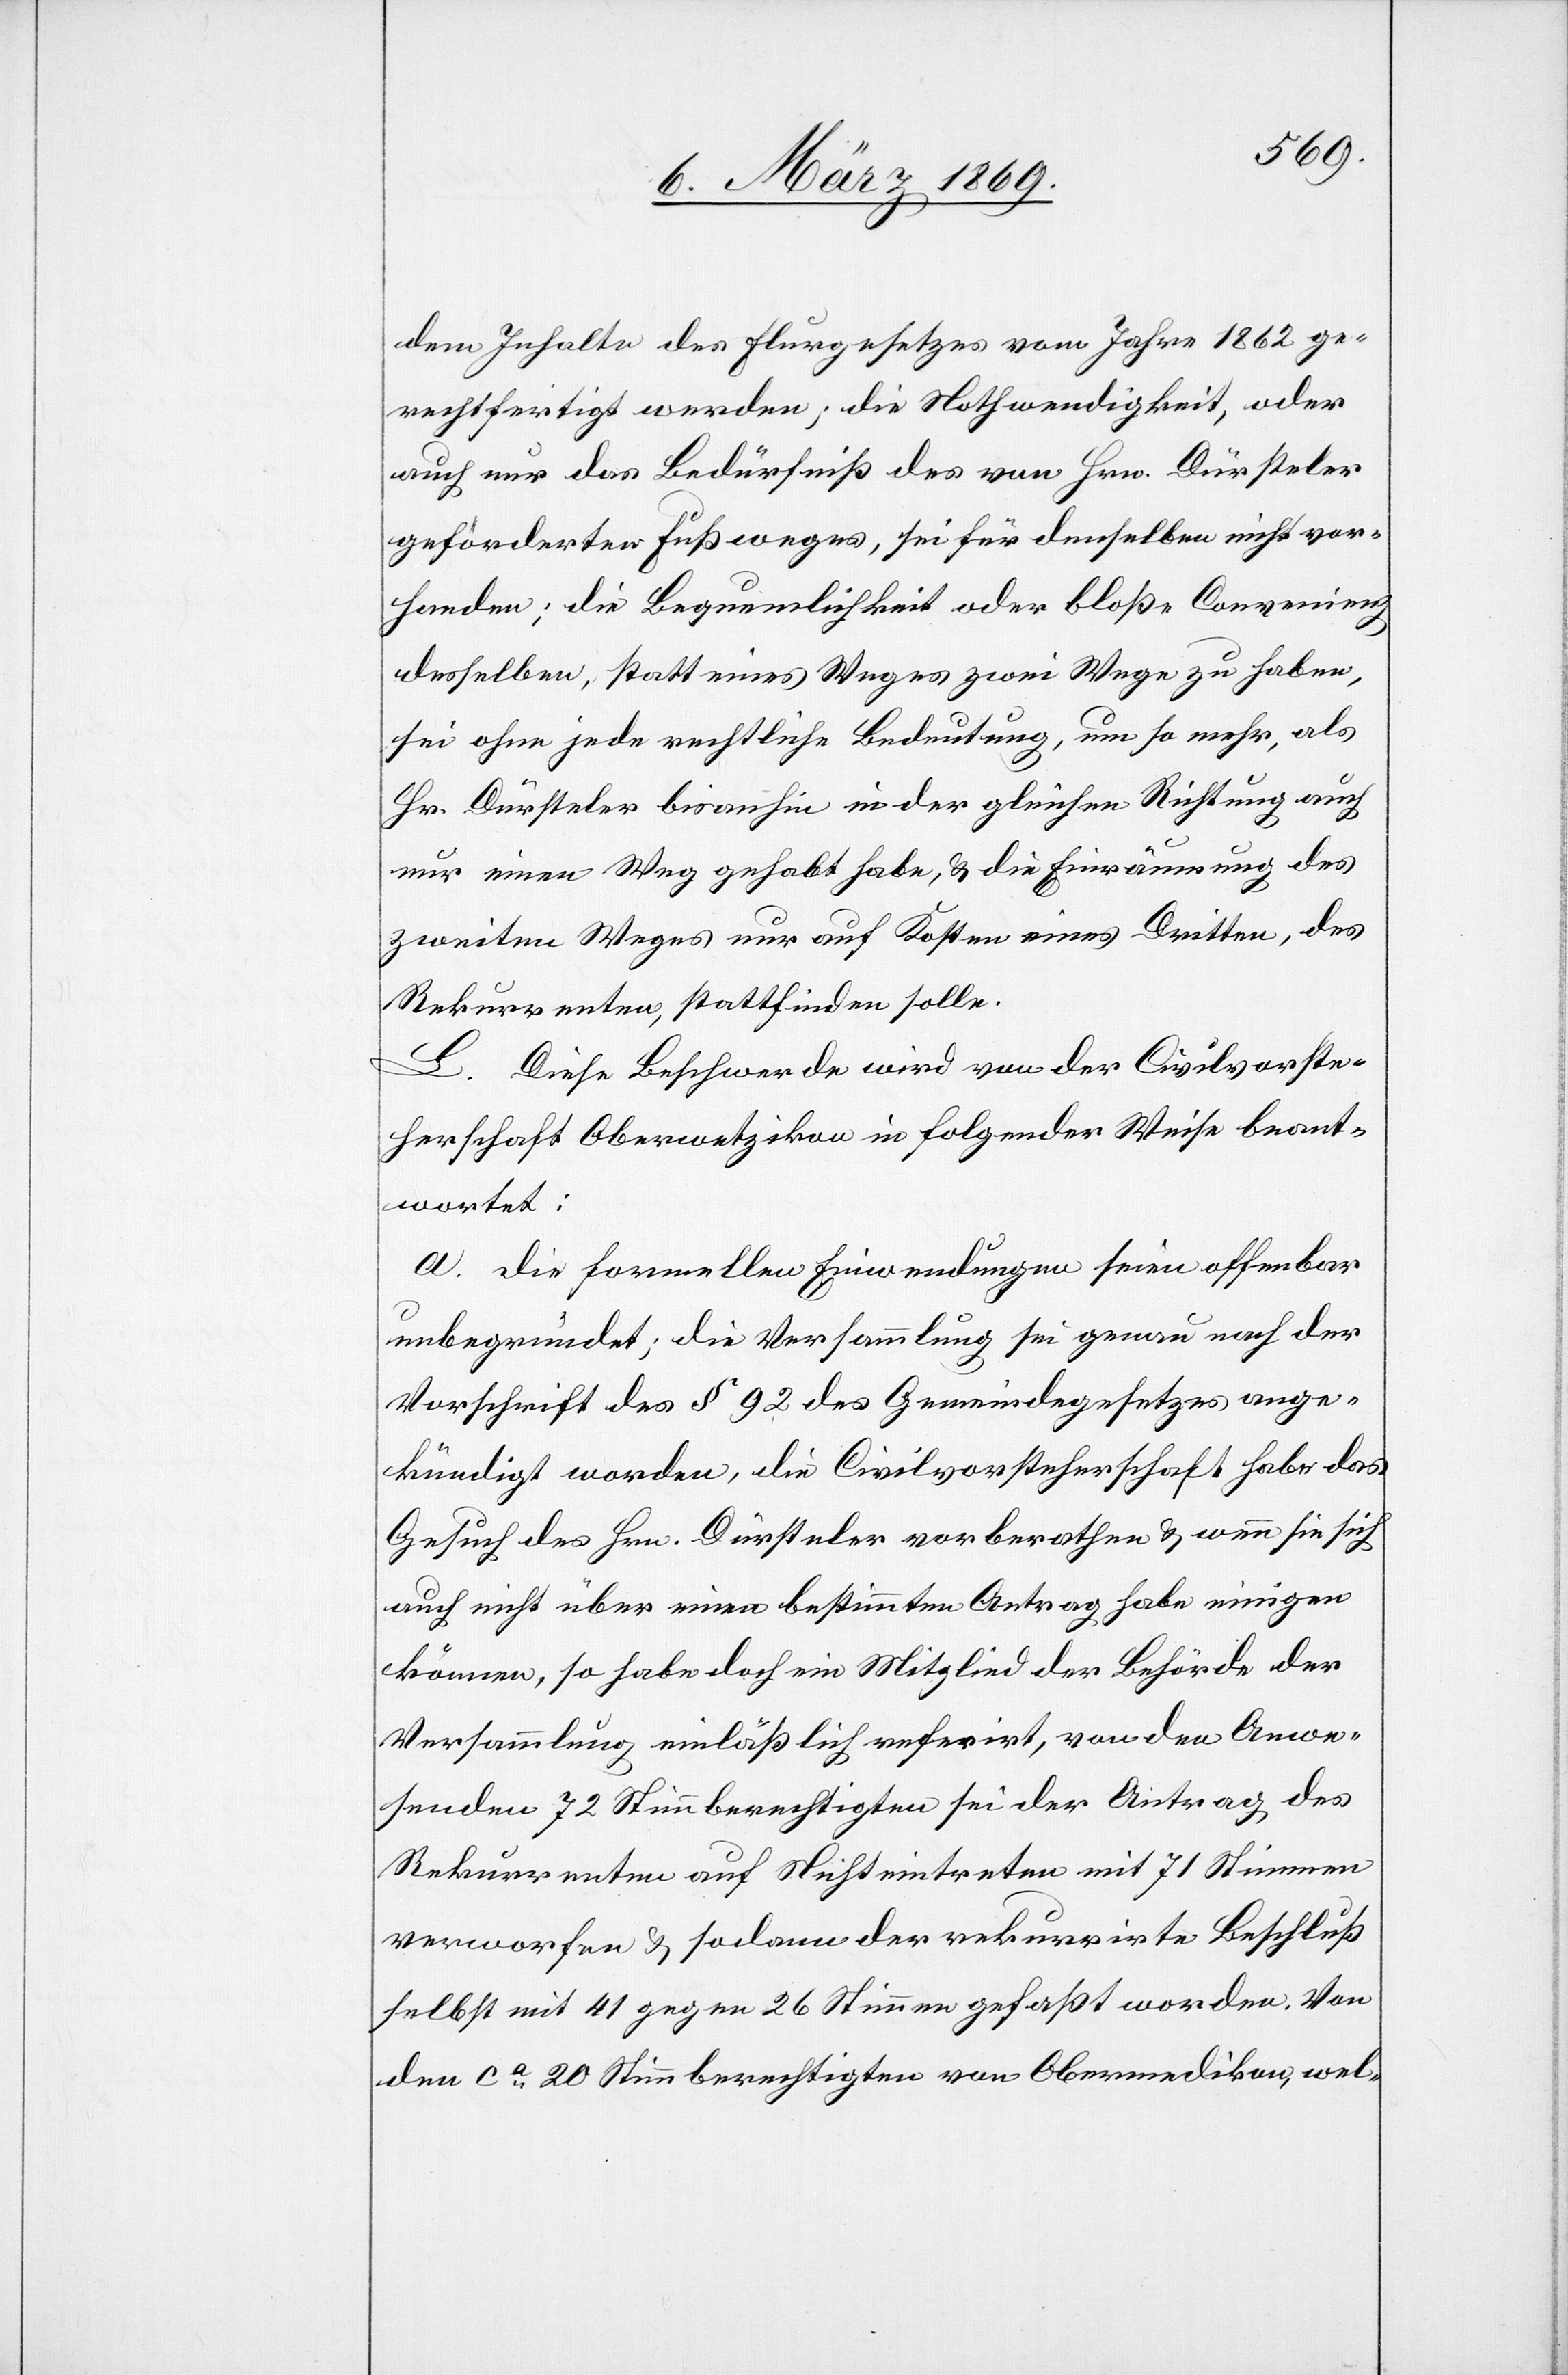
dem Inhalte des Flurgesetzes vom Jahre 1862 ge¬
rechtfertigt werden; die Nothwendigkeit, oder
auch nur das Bedürfniß des von Hrn. Dürsteler
geforderten Fußweges, sei für denselben nicht vor¬
handen; die Bequemlichkeit oder bloße Convenienz
desselben, statt eines Weges zwei Wege zu haben,
sei ohne jede rechtliche Bedeutung, um so mehr, als
Hr. Dürsteler bisanhin in der gleichen Richtung auch
nur einen Weg gehabt habe, & die Einräumung des
zweiten Weges nur auf Kosten eines Dritten, des
Rekurrenten, stattfinden solle.
L. Diese Beschwerde wird von der Civilvorste¬
herschaft Oberwetzikon in folgender Weise beant¬
wortet:
a. Die formellen Einwendungen seien offenbar
unbegründet; die Versammlung sei genau nach der
Vorschrift des § 92 des Gemeindegesetzes ange¬
kündigt worden, die Civilvorsteherschaft habe das
Gesuch des Hrn. Dürsteler vorberathen & wenn sie sich
auch nicht über einen bestimmten Antrag habe einigen
können, so habe doch ein Mitglied der Behörde der
Versammlung einläßlich referirt, von den Anwe¬
senden 72 Stimmberechtigten sei der Antrag des
Rekurrenten auf Nichteintreten mit 71 Stimmen
verworfen, & sodann der rekurrirte Beschluß
selbst mit 41 gegen 26 Stimmen gefaßt worden. Von
den ca 20 Stimmberechtigen von Obermedikon, wel-